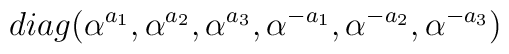
diag (\alpha^{a_1}, \alpha^{a_2}, \alpha^{a_3}, \alpha^{-a_1}, \alpha^{-a_2}, \alpha^{-a_3})